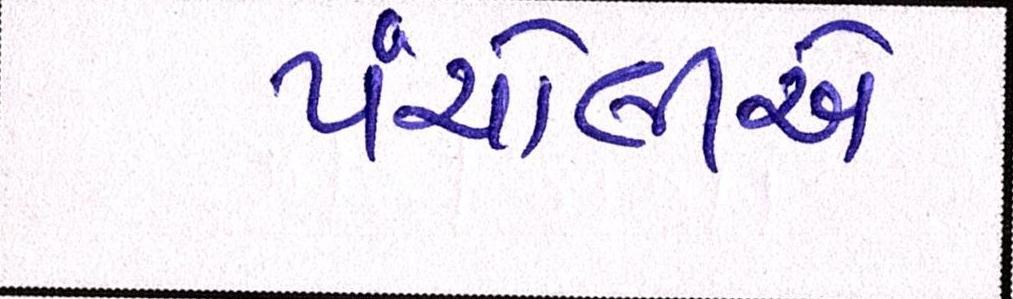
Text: પંચોલીએ